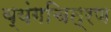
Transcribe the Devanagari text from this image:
व्यंगचित्रण